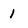
Character: 1